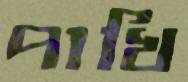
পাখি